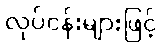
လုပ်ငန်းများဖြင့်